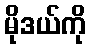
မိုဒယ်ကို